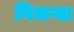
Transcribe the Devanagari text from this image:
गिजऱ्या